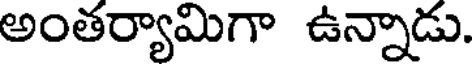
అంతర్యామిగా ఉన్నాడు.